Medical and sanitary report of the native army of Madras for the year
Year: 1877
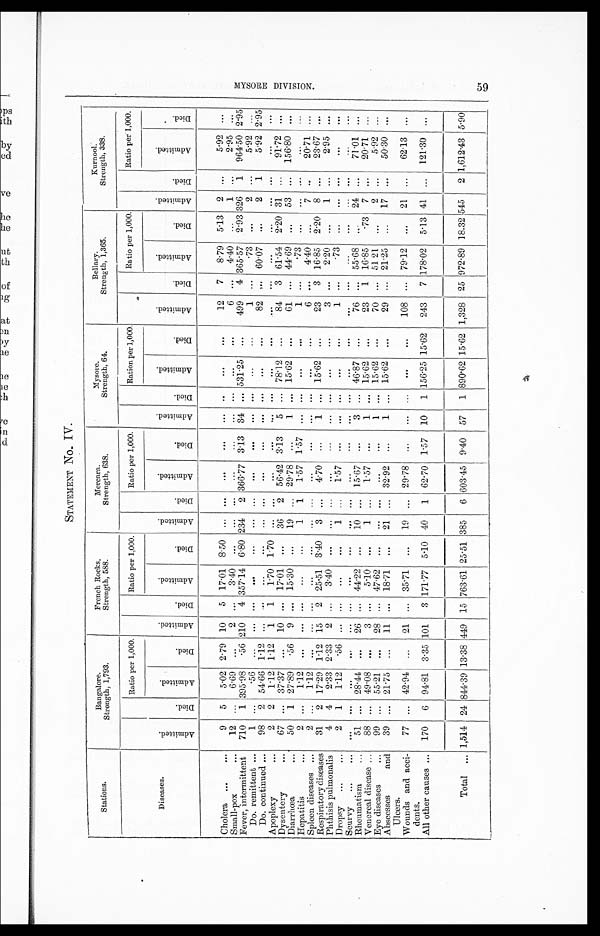
STATEMENT No. IV.
Stations.
Bangalore.
Strength, 1,793.
French Rocks.
Strength, 588.
Mercara.
Strength, 638.
Mysore.
Strength, 64.
Bellary.
Strength, 1,365.
Kurnool.
Strength, 338.
Diseases.
A d m i t t e d .
D i e d .
Ratio per 1,000.
A d m i t t e d .
D i e d .
Ratio per 1,000.
A d m i t t e d .
D i e d .
Ratio per 1,000.
A d m i t t e d .
D i e d .
Ration per 1,000.
A d m i t t e d .
D i e d .
Ratio per 1,000.
A d m i t t e d .
D i e d .
Ratio per 1,000.
A d m i t t e d .
D i e d .
A d m i t t e d .
D i e d .
A d m i t t e d .
D i e d .
A d m i t t e d .
D i e d .
A d m i t t e d .
D i e d .
A d m i t t e d .
D i e d .
Cholera
9
5
5.02 2.79 10
5 17.01 8.50 ...
. . .
. . .
. . .
. . .
. . .
. . .
. . .
12
7
8.79 5.13 2 ...
5.92
. . .
Small-pox
12 ...
6.69
...
2
. . .
3 . 4 0
. . .
. . .
. . . . . .
...
... ...
...
. . .
6 ...
4.40
...
1
. . .
2.95
. . .
Fever, intermittent
710
1 395.98 .56 210
4 357.14 6.80 234
2 366.77 3.13 34 ... 531.25 ...
499
4 365.57 2.93 326
1 964.50 2.95
Do. remittent
1 ...
.56
. . .
. . .
. . .
. . .
. . .
. . .
. . . . . .
. . .
. . .
. . .
. . .
. . .
1
. . .
.73
...
2 ...
5.92 ...
Do. continued
98
2 54.66 1.12 ...
. . .
. . .
. . .
. . .
. . .
. . .
. . .
. . .
. . .
. . .
. . .
82 ... 60.07
...
2
1
5.92 2.95
Apoplexy
2
2
1.12 1.12
1
1
1.70 1.70 ... ...
...
. . .
. . .
. . .
. . .
. . .
. . .
. . .
. . .
...
... ...
. . . ...
Dysentery
67 ... 37.37 ...
10 ... 17.01
. . .
36
2 56.42 3.13
5 ... 78.12
...
84
3 61.54 2.20 31 ...
91.72
. . .
Diarrhœa
50
1 27.89
.56
9 ... 15.30 ...
19 ... 29.78
...
1 ... 15.62
...
61 ... 44.69 ...
53 ...
156.80
. . .
Hepatitis
2
. . .
1.1.2
. . .
. . .
. . .
. . .
. . .
1
1
1.57 1.57 ... ...
...
...
1 ...
.73
. . .
. . .
. . .
...
. . .
Spleen diseases
2
. . .
1.12
. . .
. . .
. . .
. . .
. . .
. . .
. . .
. . .
. . .
. . .
. . .
. . .
. . .
6
. . .
4.40 ...
7 ...
20.71
. . .
Respiratory diseases
31
2 17.29 1.12 15
2 25.51 3.40
3 ...
4.70
...
1 ... 15.62 ...
23
3 16.85 2.20 8 ...
23.67
. . .
Phthisis pulmonalis
4
4
2.33 2.33
2 ...
3.40
. . .
... ...
...
...
. . .
. . .
. . .
...
3 ...
2.20
...
1 ...
2.95
. . .
Dropsy
2
1
1.12
.56 ... ...
...
. . .
1
. . .
1.57 ...
. . .
. . .
. . .
. . . 1 ...
.73 ...
... ...
. . .
. . .
Scurvy
. . .
. . .
. . .
. . .
. . .
. . .
. . .
. . .
. . .
. . .
. . .
. . .
. . .
. . .
. . .
. . .
. . .
. . .
. . .
. . .
. . .
. . .
. . .
. . .
Rheumatism
51
. . .
28.44
. . .
26 ... 44.22 ...
10
. . .
15.67
...
3 ... 46.87
...
76 ... 55.68
. . .
24
. . .
71.01
. . .
Venereal disease
88 ... 49.08 ...
3 ...
5.10
...
1
. . .
1.57
...
1 ... 15.62
...
23
1 16.85
.73 7 ...
20.71 ...
Eye diseases
99 ... 55.21
. . .
28 ... 47.62
...
...
. . .
...
. . .
1 ... 15.62
...
70 ... 51.21
...
2 ...
5.92 ...
Abscesses
and
Ulcers.
39
. . .
21.75
...
11 ... 18.71
...
21
. . .
32.92
...
1
. . .
15.62
. . .
29 ... 21.25
...
17
. . .
50.30
. . .
Wounds and acci-
dents.
77 ... 42.94 ...
21 ... 35.71
...
19
. . .
29.78 ...
. . .
. . .
. . .
. . .
108 ... 79.12
...
21 ...
62.13
. . .
All other causes
170
6 94.81 3.35 101
3 171.77 5.10 40
1 62.70 1.57 10
1 156.25 15.62
243
7 178.02 5.13 41 ...
121.30
. . .
Total
1,514 24 844.39 13.38 449 15 763.61 25.51 385
6 603.45 9.40 57
1 890.62 15.62 1,328 25 972.89 18.32
5 4 5
2 1,612.43 5.90